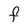
Character: F